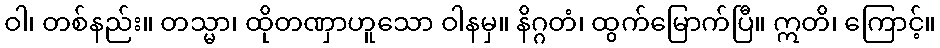
ဝါ၊ တစ်နည်း။ တသ္မာ၊ ထိုတဏှာဟူသော ဝါနမှ။ နိဂ္ဂတံ၊ ထွက်မြောက်ပြီ။ ဣတိ၊ ကြောင့်။